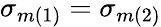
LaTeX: \sigma_{m(1)}=\sigma_{m(2)}